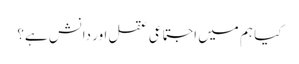
کیا ہم میں اجتماعی عقل اور دانش ہے؟